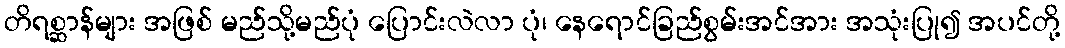
တိရစ္ဆာန်များ အဖြစ် မည်သို့မည်ပုံ ပြောင်းလဲလာ ပုံ၊ နေရောင်ခြည်စွမ်းအင်အား အသုံးပြု၍ အပင်တို့